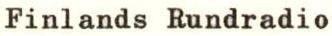
Finlands Rundradio